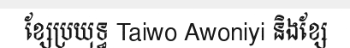
ខ្សែប្រយុទ្ធ Taiwo Awoniyi និងខ្សែ